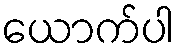
ယောက်ပါ